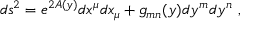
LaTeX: d s ^ { 2 } = e ^ { 2 A ( y ) } d x ^ { \mu } d x _ { \mu } + g _ { m n } ( y ) d y ^ { m } d y ^ { n } \ ,